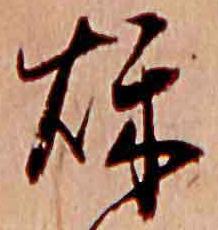
秋